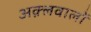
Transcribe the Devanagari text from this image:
अक़्लवालों